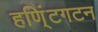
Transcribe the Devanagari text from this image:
हणि्ंटगटन